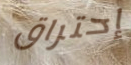
إحتراق